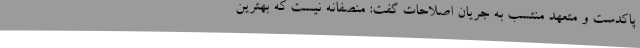
پاکدست و متعهد منتسب به جریان اصلاحات گفت: منصفانه نیست که بهترین